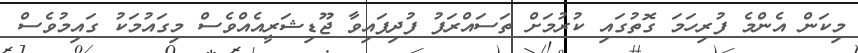
މިކަން އެންމެ ފުރިހަމަ ގޮތުގައި ކުރުމަށް ތަސައްރަފު ފުދިފައިވާ ޖޫޑިޝަރީއެއްވެސް މިގައުމަކު ގައިމުވެސް